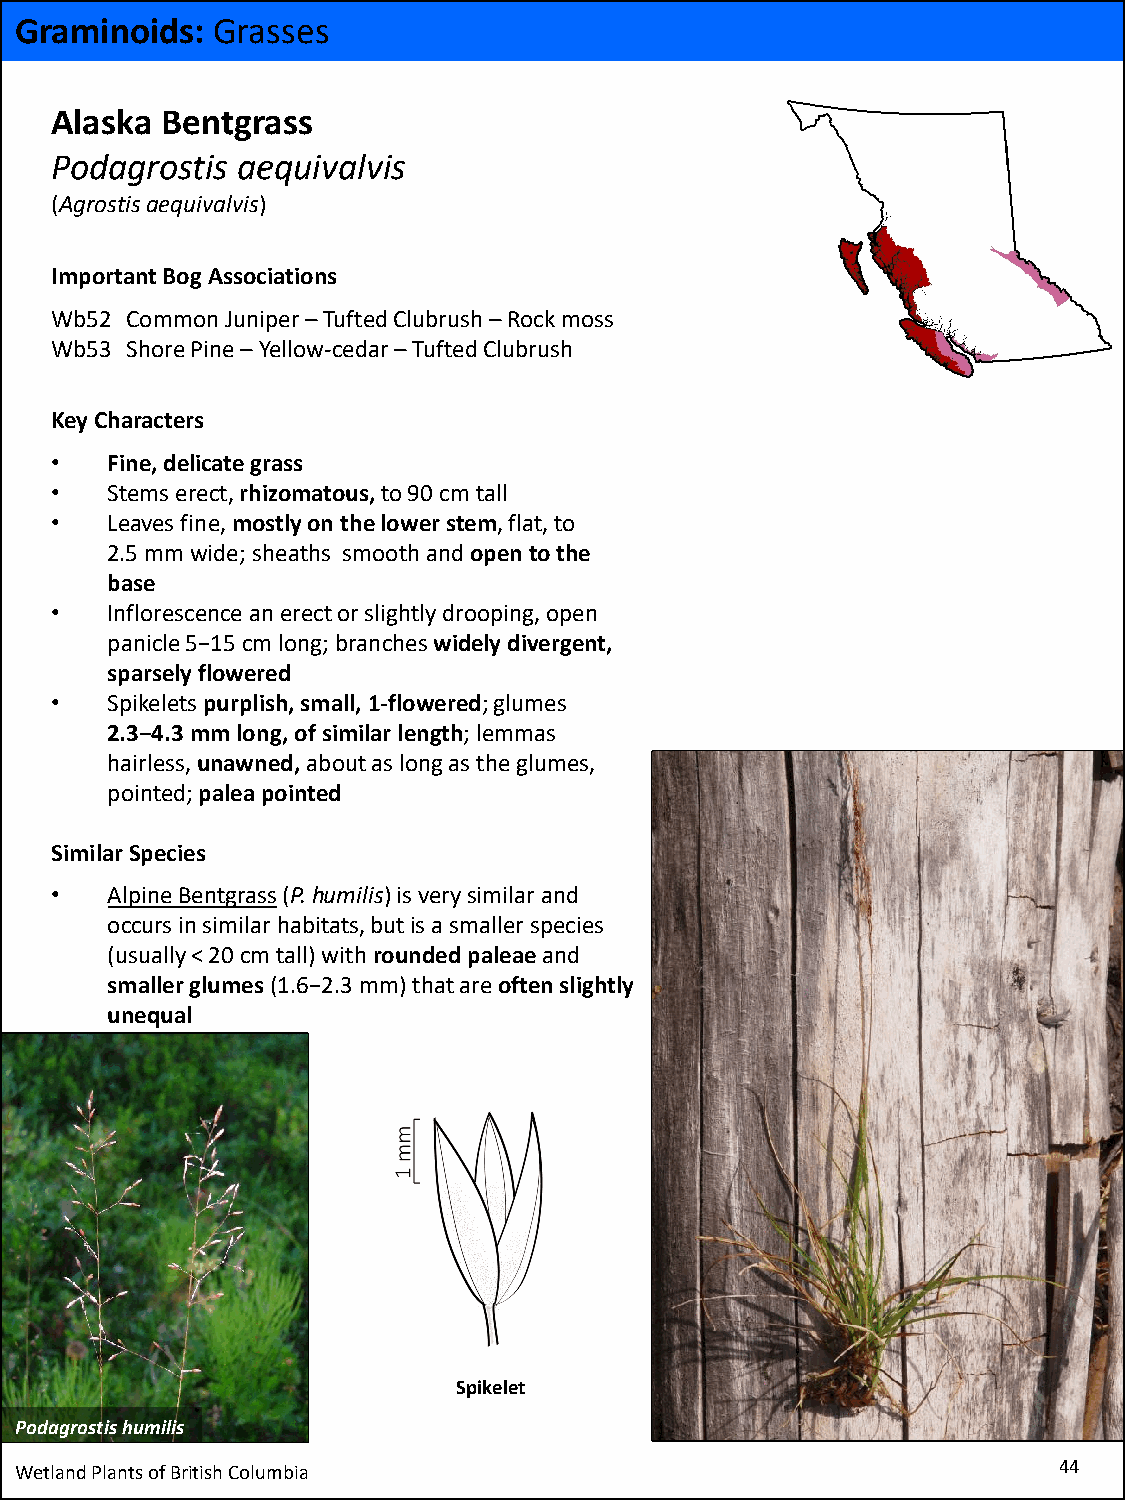
Graminoids:  Grasses
 Alaska  Bentgrass
 Podagrostis  aequivalvis
 (Agrostisaequivalvis)
 Important Bog Associations
 Wb52 Common Juniper –Tufted Clubrush–Rock moss
 Wb53 Shore Pine –Yellow-cedar –Tufted Clubrush
 Key Characters
 •   Fine, delicate grass
 •   Stems erect, rhizomatous, to 90 cm tall
 •   Leaves fine, mostly on the lower stem, flat, to
 2.5 mm wide; sheaths smooth and open to the
 base
 •   Inflorescence an erect or slightly drooping, open
 panicle 5−15 cm long; branches widely divergent,
 sparsely flowered
 •   Spikelets purplish,small, 1-flowered; glumes
 2.3−4.3 mm long, of similar length; lemmas
 hairless, unawned,about as long as the glumes,
 pointed; paleapointed
 Similar Species
 •   Alpine Bentgrass(P. humilis) is very similar and
 occurs in similar habitats, but is a smaller species
 (usually < 20 cm tall) with rounded paleaeand
 smaller glumes(1.6−2.3 mm) that are oftenslightly
 unequal
 Spikelet
 Podagrostishumilis
 Wetland Plants of British Columbia                                   44